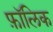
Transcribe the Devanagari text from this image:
फ़ॉलिक